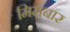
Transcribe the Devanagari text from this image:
मिमबार